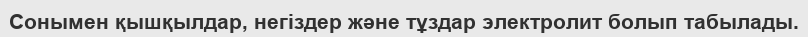
Сонымен қышқылдар, негіздер және тұздар электролит болып табылады.